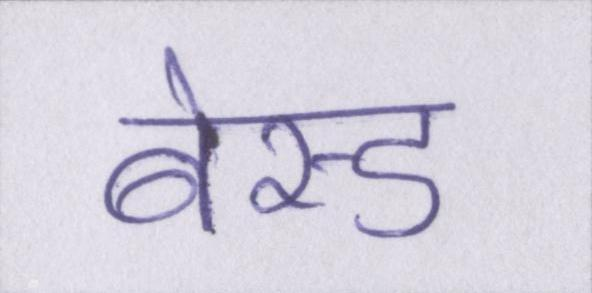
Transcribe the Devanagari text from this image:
बेस्ड